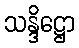
သန္ဒိဋ္ဌော